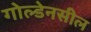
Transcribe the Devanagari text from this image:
गोल्डेनसील